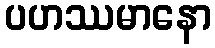
ပဟဿမာနော